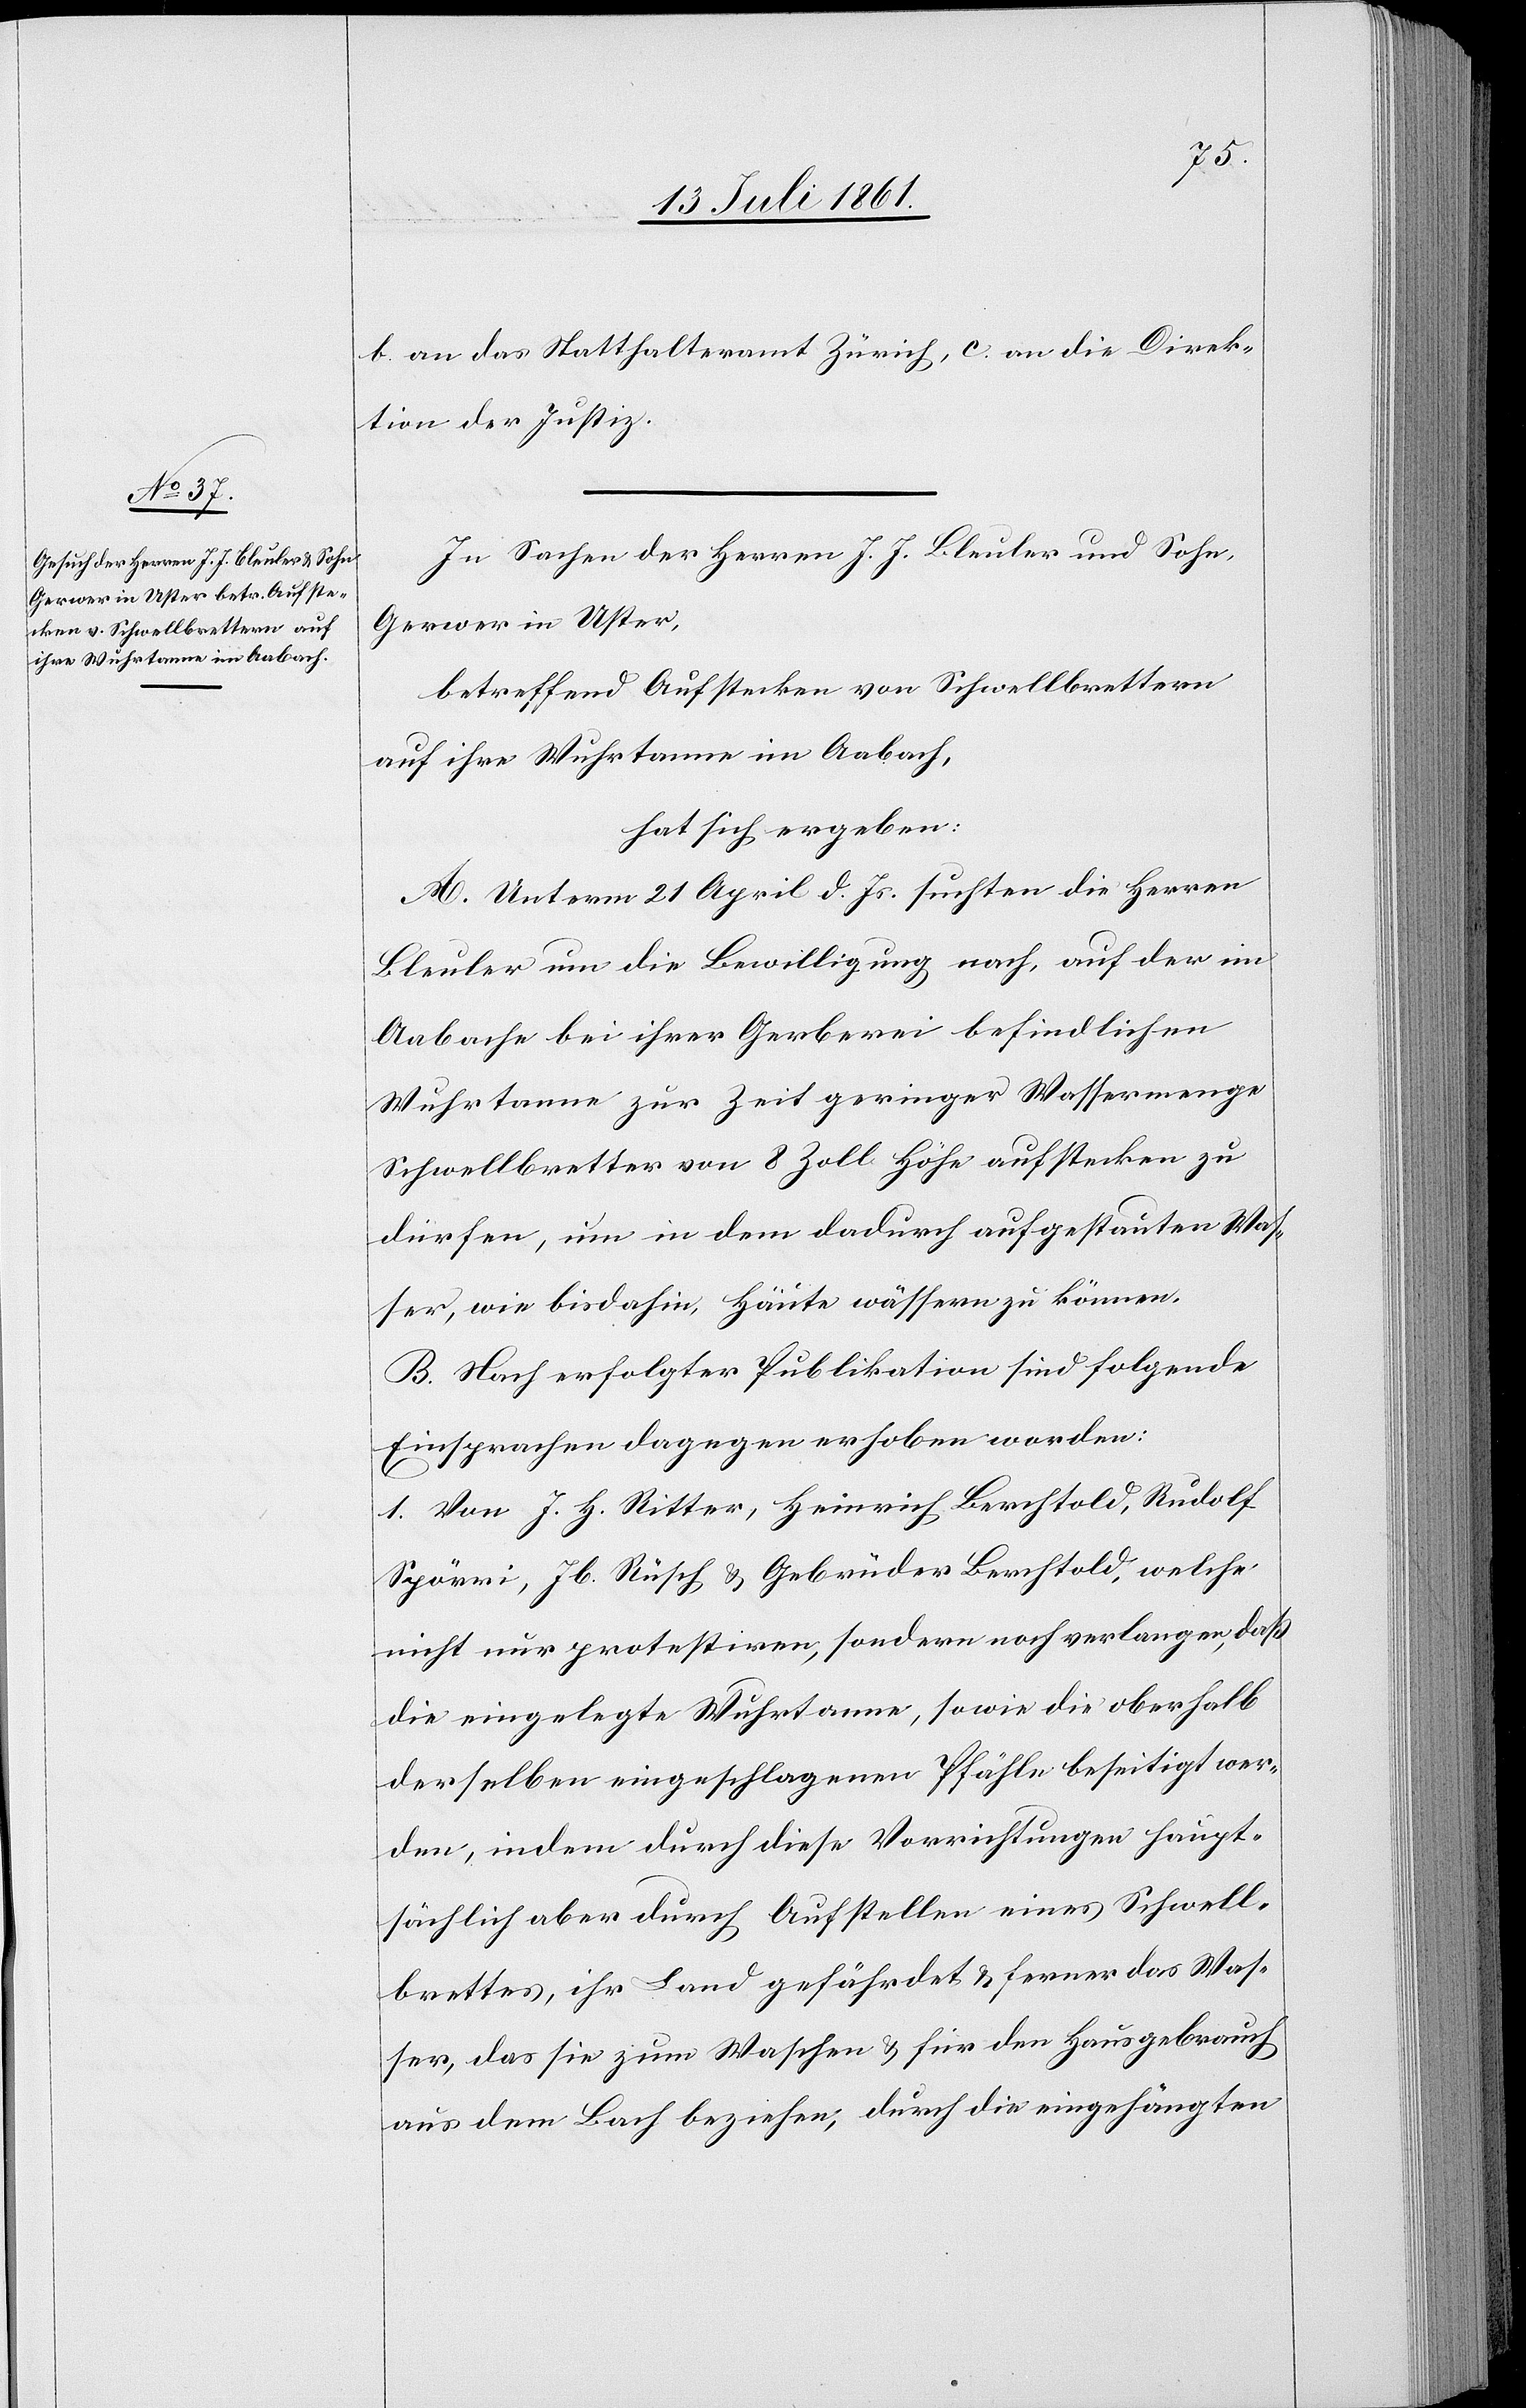
b. an das Statthalteramt Zürich, c. an die Direk¬
tion der Justiz.
In Sachen der Herren J. J. Bleuler und Sohn,
Gerwer in Uster,
betreffend Aufstecken von Schwellbrettern
auf ihre Wuhrtanne im Aabach,
hat sich ergeben:
A. Unterm 21 April d. Js. suchten die Herren
Bleuler um die Bewilligung nach, auf der im
Aabache bei ihrer Gerberei befindlichen
Wuhrtanne zur Zeit geringer Wassermenge
Schwellbretter von 8 Zoll Höhe aufstecken zu
dürfen, um in dem dadurch aufgestauten Was¬
ser, wie bisdahin, Häute wässern zu können.
B. Nach erfolgter Publikation sind folgende
Einsprachen dagegen erhoben worden:
1. Von J. H. Ritter, Heinrich Berchtold, Rudolf
Spörni, Jb. Rüesch u. Gebrüder Berchtold, welche
nicht nur protestiren, sondern noch verlangen, daß
die eingelegte Wuhrtanne, sowie die oberhalb
derselben eingeschlagenen Pfähle beseitigt wer¬
den, indem durch diese Verrichtungen haupt¬
sächlich aber durch Aufstellen eines Schwell¬
brettes, ihr Land gefährdet u. ferner das Was¬
ser, das sie zum Waschen u. für den Hausgebrauch
aus dem Bach beziehen, durch die eingehängten